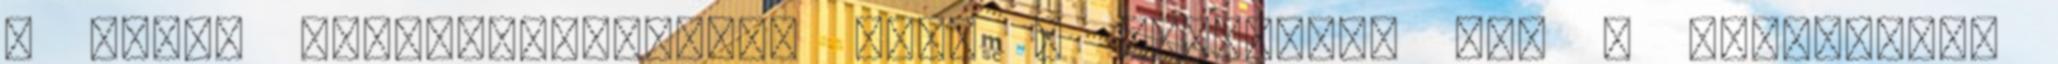
a kezdő “felolvasásnál”, hogy X dollárjuk van a szakaszra.